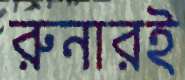
রুনারই